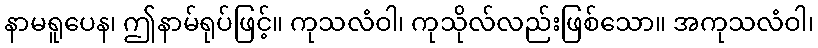
နာမရူပေန၊ ဤနာမ်ရုပ်ဖြင့်။ ကုသလံဝါ၊ ကုသိုလ်လည်းဖြစ်သော။ အကုသလံဝါ၊